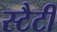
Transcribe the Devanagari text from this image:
स्टैटी